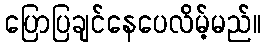
ပြောပြချင်နေပေလိမ့်မည်။